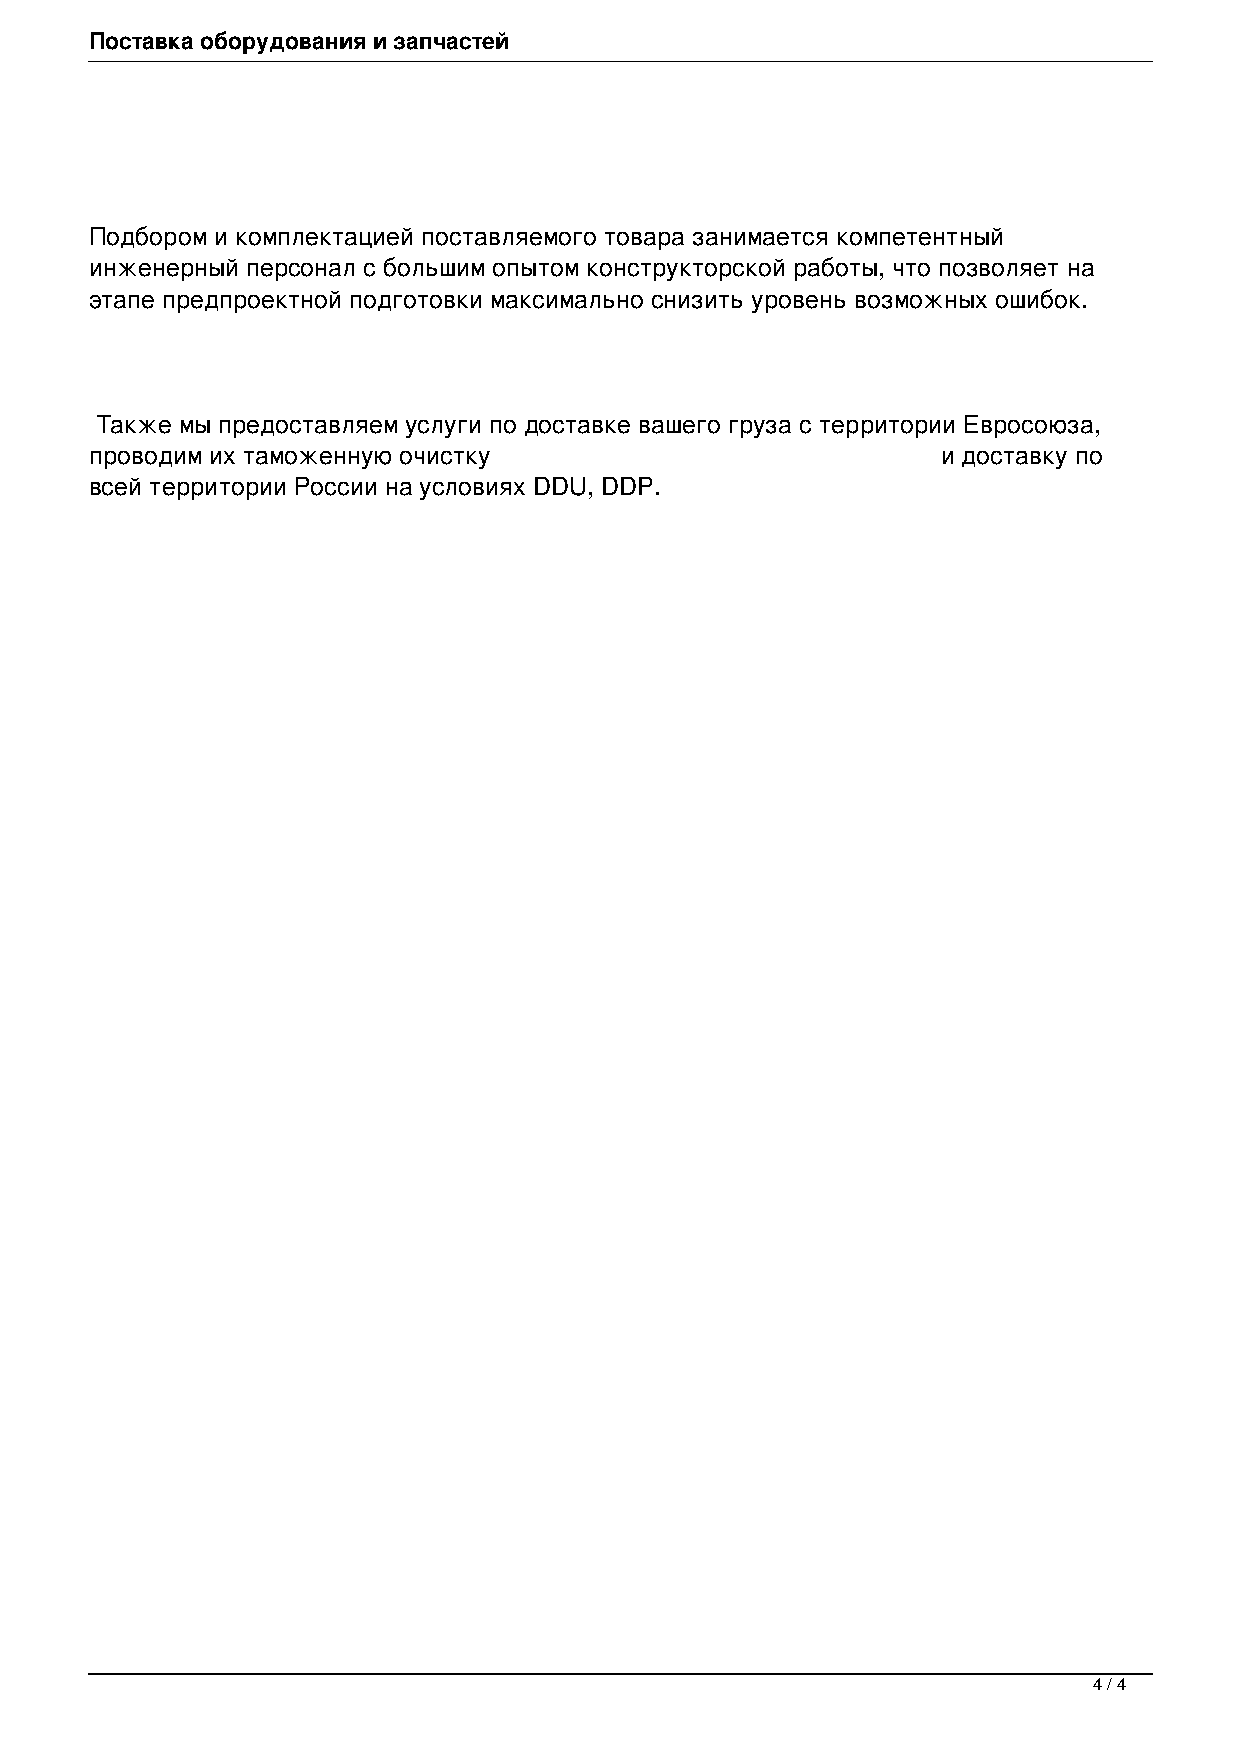
Поставка оборудования и запчастей
 Подбором и комплектацией поставляемого товара занимается компетентный
 инженерный персонал с большим опытом конструкторской работы, что позволяет на
 этапе предпроектной подготовки максимально снизить уровень возможных ошибок.
 Также мы предоставляем услуги по доставке вашего груза с территории Евросоюза,
 проводим их таможенную очистку                          и доставку по
 всей территории России на условиях DDU, DDP.
 4 / 4